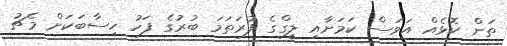
ތަން ކޮޅެއް އަވަސް ކަމަށާއި ލީގްގެ ފުރަތަމަ ބުރުގެ ފަހު ހިސާބަކަށް މެޗު